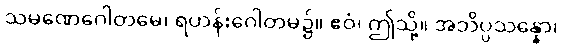
သမဏေဂေါတမေ၊ ရဟန်းဂေါတမ၌။ ဧဝံ၊ ဤသို့။ အဘိပ္ပသန္နော၊